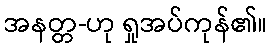
အနတ္တ-ဟု ရှုအပ်ကုန်၏။